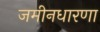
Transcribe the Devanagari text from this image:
जमीनधारणा